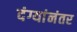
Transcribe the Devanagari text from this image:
दंग्यांनंतर